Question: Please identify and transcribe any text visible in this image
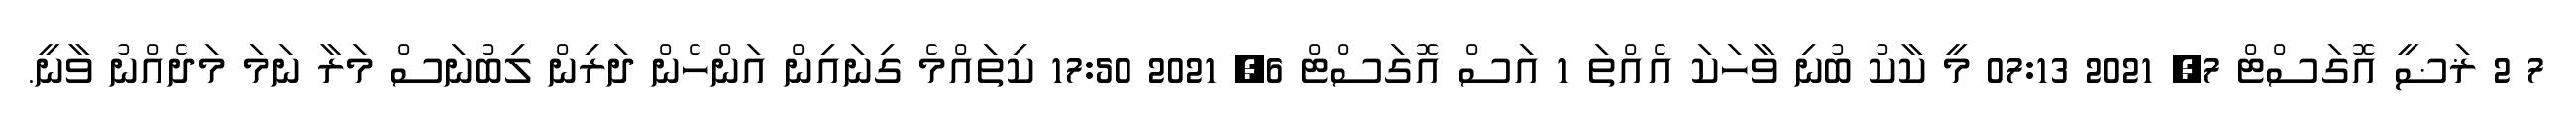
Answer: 7 2 ޜަޟީ އޮގަސްޓް 7, 2021 07:13 މީ ކާކު ބުނި ވާހަކަ އެއްތަ 1 އަސް އޮގަސްޓް 6, 2021 17:50 ކިތައްމެ ގިނައިން އަންހެން ދަރިން ލިބުނަސް މަރާ ނަމަ މަދެއްނު ވާނީ.